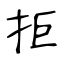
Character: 拒